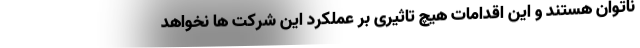
ناتوان هستند و این اقدامات هیچ تاثیری بر عملکرد این شرکت ها نخواهد